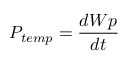
P _ { t e m p } = { \frac { d W p } { d t } }